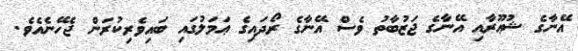
އޭނާގެ ޝުޢޫރާއި އޭނާގެ ޖަޒުބާތު ވެސް އޭނާގެ ރޯދައިގެ ޢަމަލުގައި ބައިވެރިކުރަން ޖެހޭނެއެވެ.